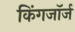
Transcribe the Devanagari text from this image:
किंगजॉर्ज